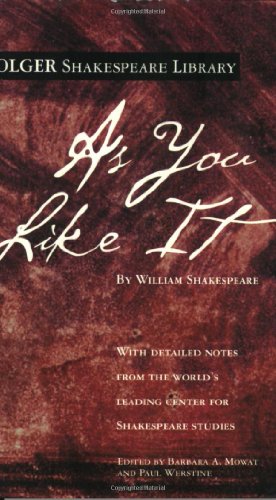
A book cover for As You Like It (Folger Shakespeare Library); William Shakespeare; Literature & Fiction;